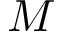
M